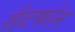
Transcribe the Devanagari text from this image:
सैटफोन